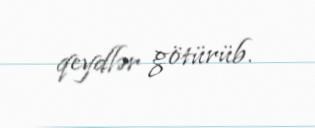
qeydlər götürüb.